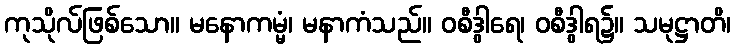
ကုသိုလ်ဖြစ်သော။ မနောကမ္မံ၊ မနာကံသည်။ ဝစီဒွါရေ၊ ဝစီဒွါရ၌။ သမုဋ္ဌာတိ၊